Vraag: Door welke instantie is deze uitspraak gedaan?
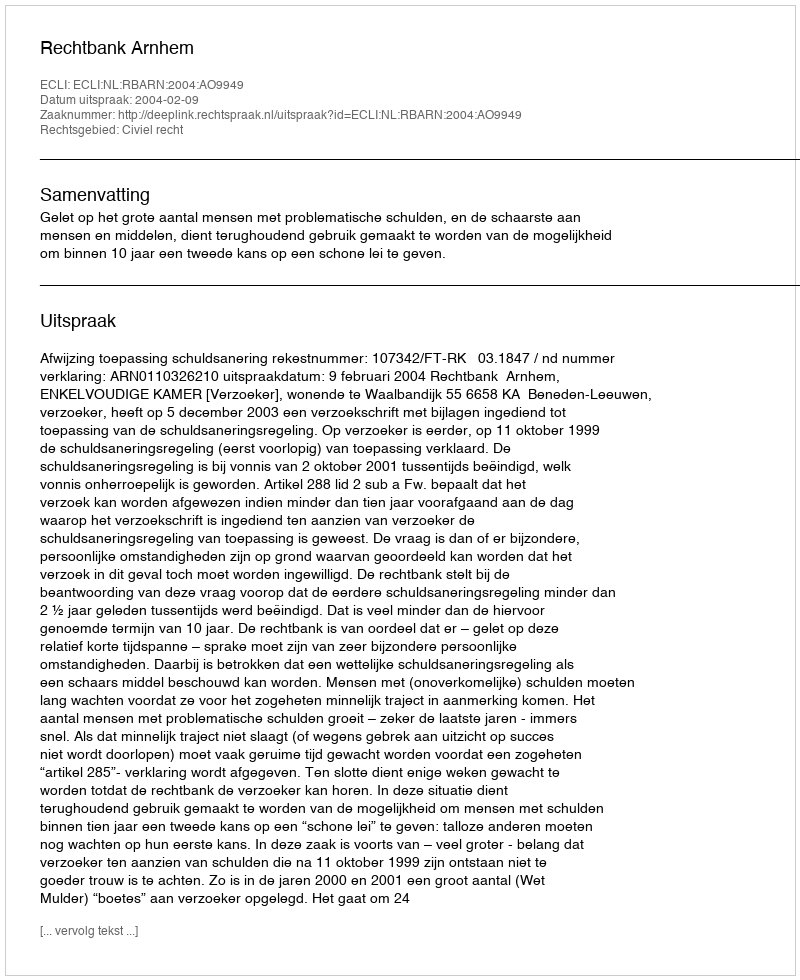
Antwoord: Rechtbank Arnhem